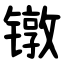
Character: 镦